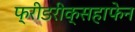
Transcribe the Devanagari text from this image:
फ्रीडरीक्सहाफेन